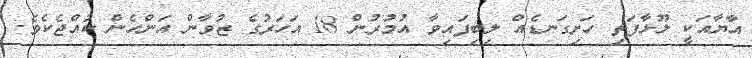
އާޔާއަކީ ލޫޅާފަތި ހަށިގަނޑެއް ލިބިފައިވާ އުމުރުން 18 އަހަރުގެ ޒުވާން އަންހެން ކުއްޖެކެވެ.